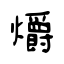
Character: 爝